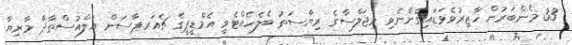
33 މެންބަރުން ހާޒިރުވެވަޑައިގެންނެވި މިޖަލްސާގެ ރިޔާސަތު ބެލެހެއްޓެވީ އެމްޑީޕީގެ ޗެއަރޕާސަން އަލްއުސްތާޛާ މާރިޔާ